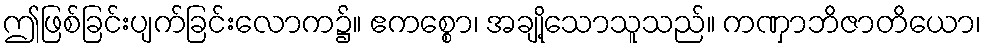
ဤဖြစ်ခြင်းပျက်ခြင်းလောက၌။ ဧကစ္စော၊ အချို့သောသူသည်။ ကဏှာဘိဇာတိယော၊